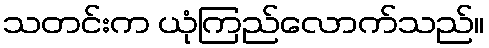
သတင်းက ယုံကြည်လောက်သည်။